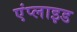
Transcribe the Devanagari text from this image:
एंप्‍लाइड